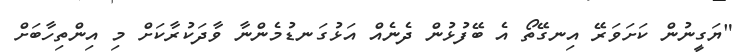
"ޔަގީނުން ކަށަވަރޭ އިނގޭތޯ އެ ބޭފުޅުން ދެނެއް އަޅުގަނޑުމެންނާ ވާދަކުރާކަށް މި އިންތިހާބަށް